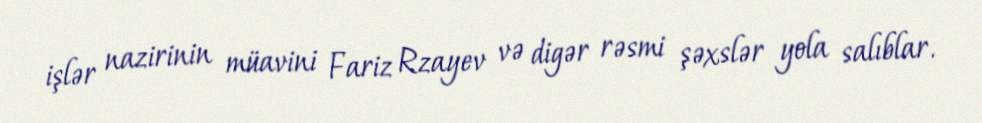
işlər nazirinin müavini Fariz Rzayev və digər rəsmi şəxslər yola salıblar.